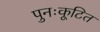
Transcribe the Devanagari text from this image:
पुनःकूटित